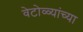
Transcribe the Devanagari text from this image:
वेटोळ्यांच्या